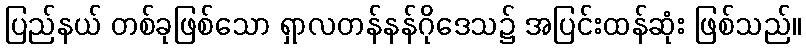
ပြည်နယ် တစ်ခုဖြစ်သော ရှာလတန်နန်ဂိုဒေသ၌ အပြင်းထန်ဆုံး ဖြစ်သည်။